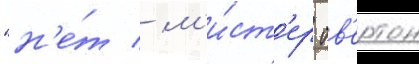
"н'е́т / м'и́ст'ер ов'ертон